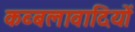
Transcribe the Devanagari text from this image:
कब्बलावादियों